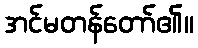
အင်မတန်တော်၏။